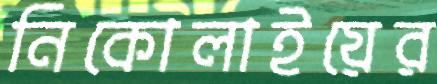
নিকোলাইয়ের